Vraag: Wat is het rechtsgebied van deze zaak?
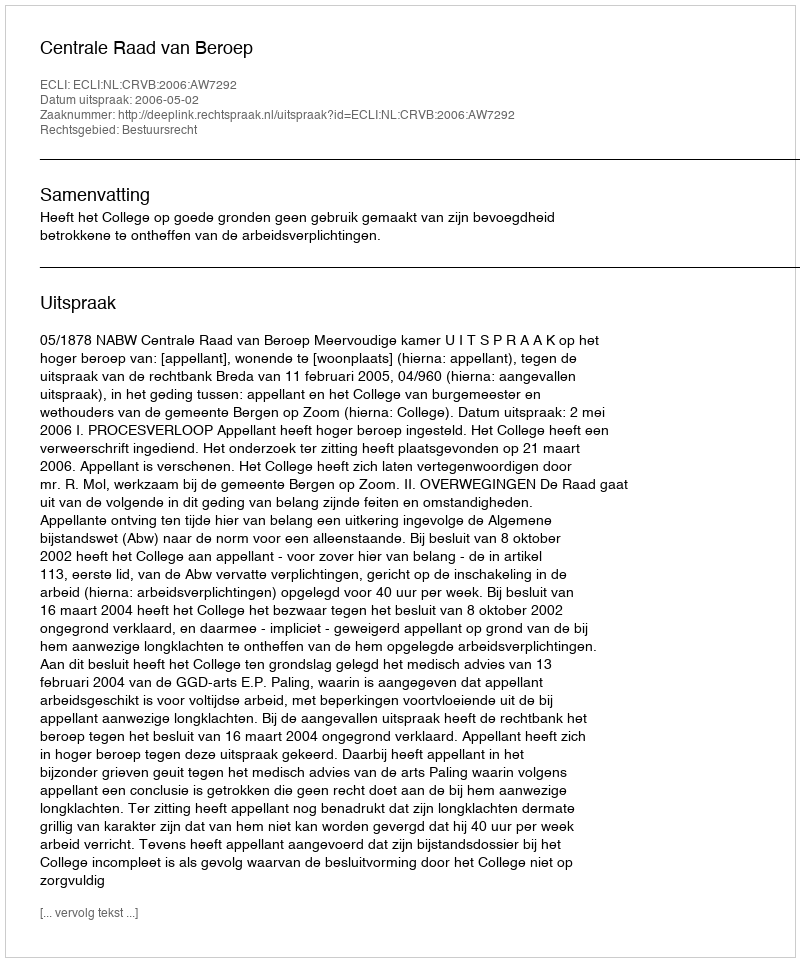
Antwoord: Bestuursrecht